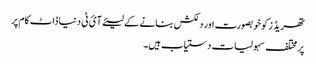
تھریڈز کو خوبصورت اور دلکش بنانے کے لیئے آئ ٹی دنیا ڈاٹ کام پر
پر مختلف سہولیات دستیاب ہیں۔